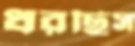
ধরছিস